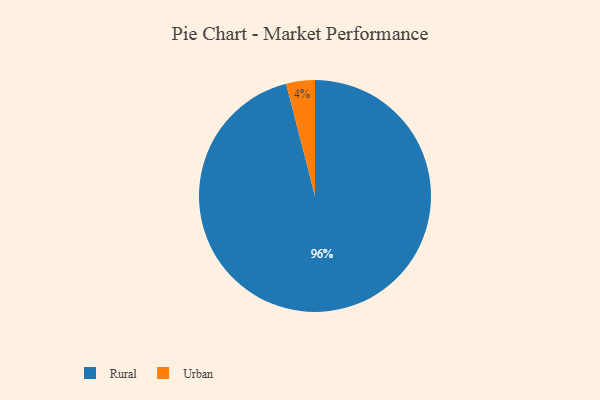
{"axis": {"x": "Category", "y": "Percentage"}, "legend": ["Rural", "Urban"], "data": [{"x": "Urban", "y": 4, "type": "Urban"}, {"x": "Rural", "y": 96, "type": "Rural"}]}